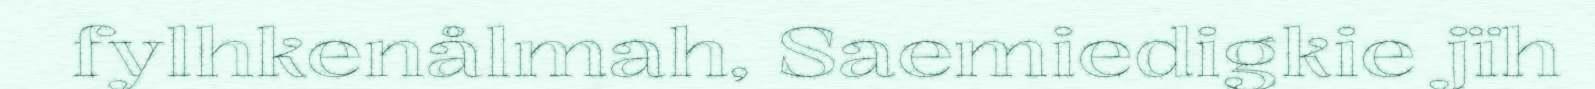
fylhkenålmah, Saemiedigkie jïh